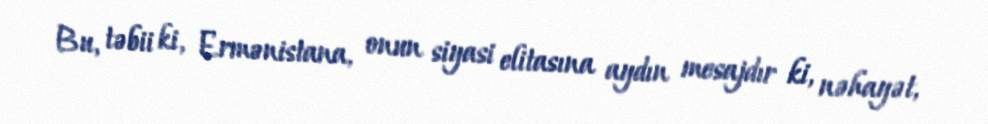
Bu, təbii ki, Ermənistana, onun siyasi elitasına aydın mesajdır ki, nəhayət,